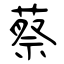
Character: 蔡